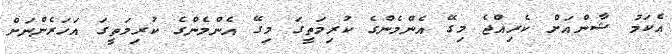
އެކަމު ޝާންއަށް ކެރިއްޖެ މިގޭ އެންމެންގެ ކުރިމަތީގަ މިގޭ އެންމެންގެ ކުރިމަތީގަ އަހަރެންނަށް